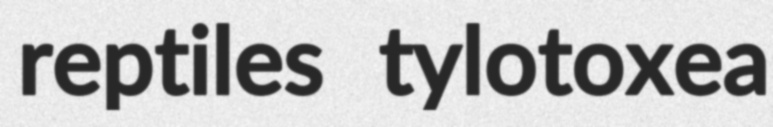
reptiles tylotoxea